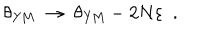
\theta _ { \mathrm { Y M } } ~ \to ~ \theta _ { \mathrm { Y M } } - 2 N \varepsilon ~ ~ .